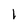
Character: I